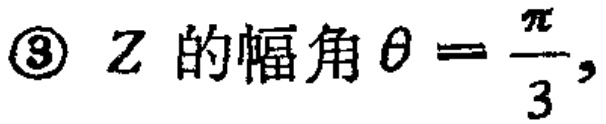
\textcircled{3} \(Z\) 的幅角 \(\theta = \frac{\pi}{3}\)，